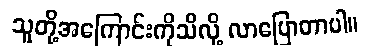
သူတို့အကြောင်းကိုသိလို့ လာပြောတာပါ။